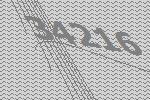
34216